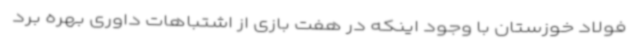
فولاد خوزستان با وجود اینکه در هفت بازی از اشتباهات داوری بهره برد